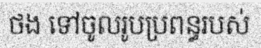
ថង ទៅចូលរូបប្រពន្ធរបស់